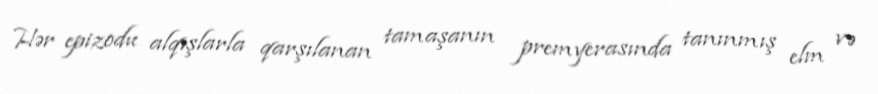
Hər epizodu alqışlarla qarşılanan tamaşanın premyerasında tanınmış elm və